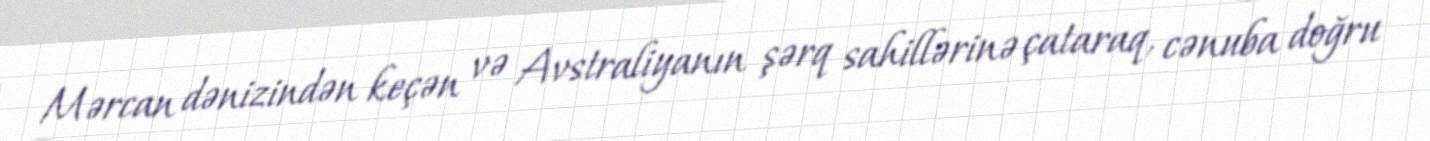
Mərcan dənizindən keçən və Avstraliyanın şərq sahillərinə çataraq, cənuba doğru